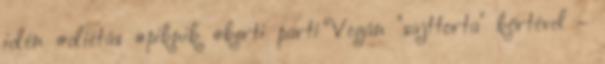
idén #diétás #piknik #kerti parti Vegán "sajttorta" körtével -